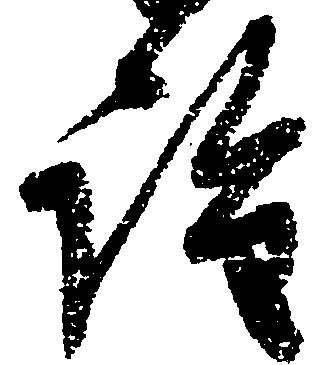
詮